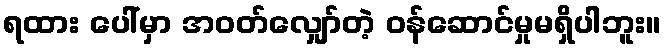
ရထား ပေါ်မှာ အဝတ်လျှော်တဲ့ ဝန်ဆောင်မှုမရှိပါဘူး။